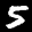
Digit: 5